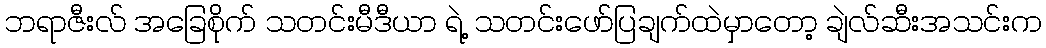
ဘရာဇီးလ် အခြေစိုက် သတင်းမီဒီယာ ရဲ့ သတင်းဖော်ပြချက်ထဲမှာတော့ ချဲလ်ဆီးအသင်းက